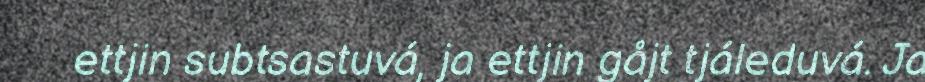
ettjin subtsastuvá, ja ettjin gåjt tjáleduvá. Ja